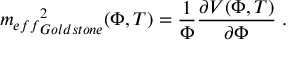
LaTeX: { m _ { e f f } } _ { G o l d s t o n e } ^ { 2 } ( \Phi , T ) = \frac { 1 } { \Phi } \frac { \partial V ( \Phi , T ) } { \partial \Phi } \; .